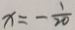
x = - \frac { 1 } { 2 0 }